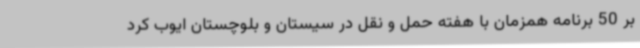
بر 50 برنامه همزمان با هفته حمل و نقل در سیستان و بلوچستان ایوب کرد